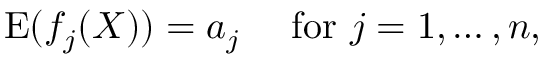
\operatorname { E } ( f _ { j } ( X ) ) = a _ { j } \quad { \mathrm { ~ f o r ~ } } j = 1 , \ldots , n ,